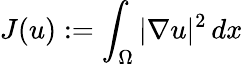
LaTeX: J(u):=\int_{\Omega}|\nabla u|^{2}\, dx